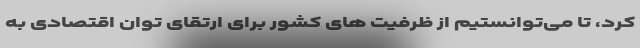
کرد، تا می‌توانستیم از ظرفیت های کشور برای ارتقای توان اقتصادی به